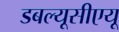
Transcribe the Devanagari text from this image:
डबल्यूसीएयू